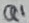
Text: Q1